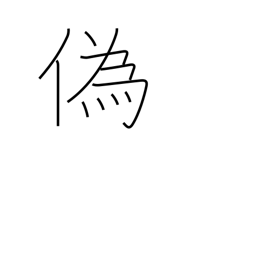
Meaning: lie